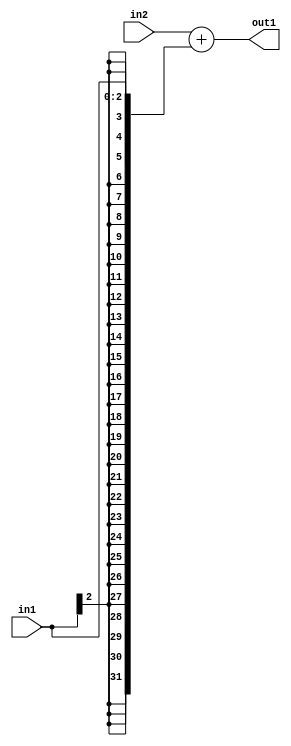
`timescale 1ps / 1ps
/*****************************************************************************
    Verilog RTL Description
    
    
    Created by: Stratus DpOpt 2019.1.01 
*******************************************************************************/

module DC_Filter_Add_32Sx3S_32S_1 (
	in2,
	in1,
	out1
	); /* architecture "behavioural" */ 
input [31:0] in2;
input [2:0] in1;
output [31:0] out1;
wire [31:0] asc001;

assign asc001 = 
	+(in2)
	+({{29{in1[2]}}, in1});

assign out1 = asc001;
endmodule

/* CADENCE  ubLxQw8= : u9/ySgnWtBlWxVPRXgAZ4Og= ** DO NOT EDIT THIS LINE ******/